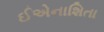
ઈએનાશિતા